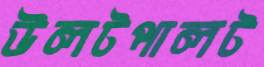
উলটপালট